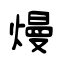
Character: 熳